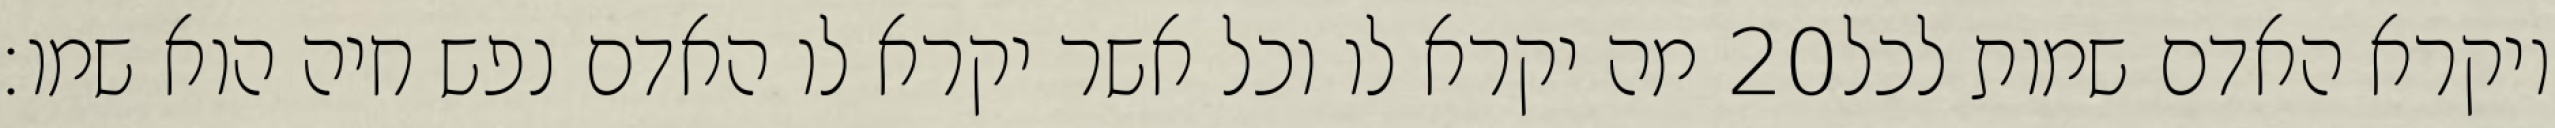
מה יקרא לו וכל אשר יקרא לו האדם נפש חיה הוא שמו׃ ‎20‏ ויקרא האדם שמות לכל